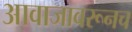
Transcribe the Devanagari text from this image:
आवाजावरूनच